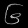
Digit: ၆